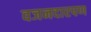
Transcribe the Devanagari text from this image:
वजनदारपण